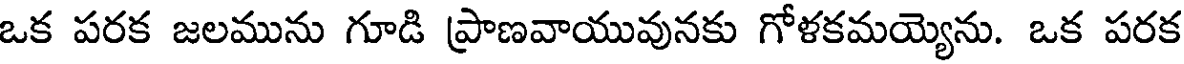
ఒక పరక జలమును గూడి ప్రాణవాయువునకు గోళకమయ్యెను. ఒక పరక